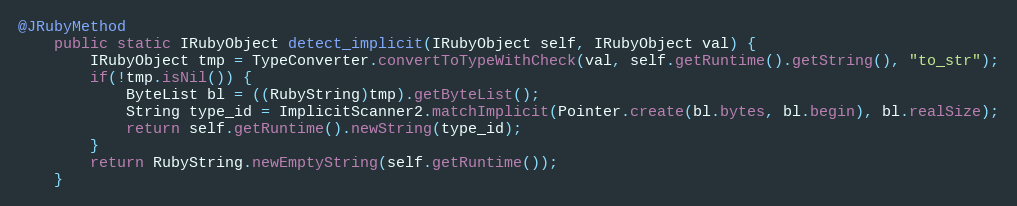
Language: Java
@JRubyMethod
    public static IRubyObject detect_implicit(IRubyObject self, IRubyObject val) {
        IRubyObject tmp = TypeConverter.convertToTypeWithCheck(val, self.getRuntime().getString(), "to_str");
        if(!tmp.isNil()) {
            ByteList bl = ((RubyString)tmp).getByteList();
            String type_id = ImplicitScanner2.matchImplicit(Pointer.create(bl.bytes, bl.begin), bl.realSize);
            return self.getRuntime().newString(type_id);
        }
        return RubyString.newEmptyString(self.getRuntime());
    }